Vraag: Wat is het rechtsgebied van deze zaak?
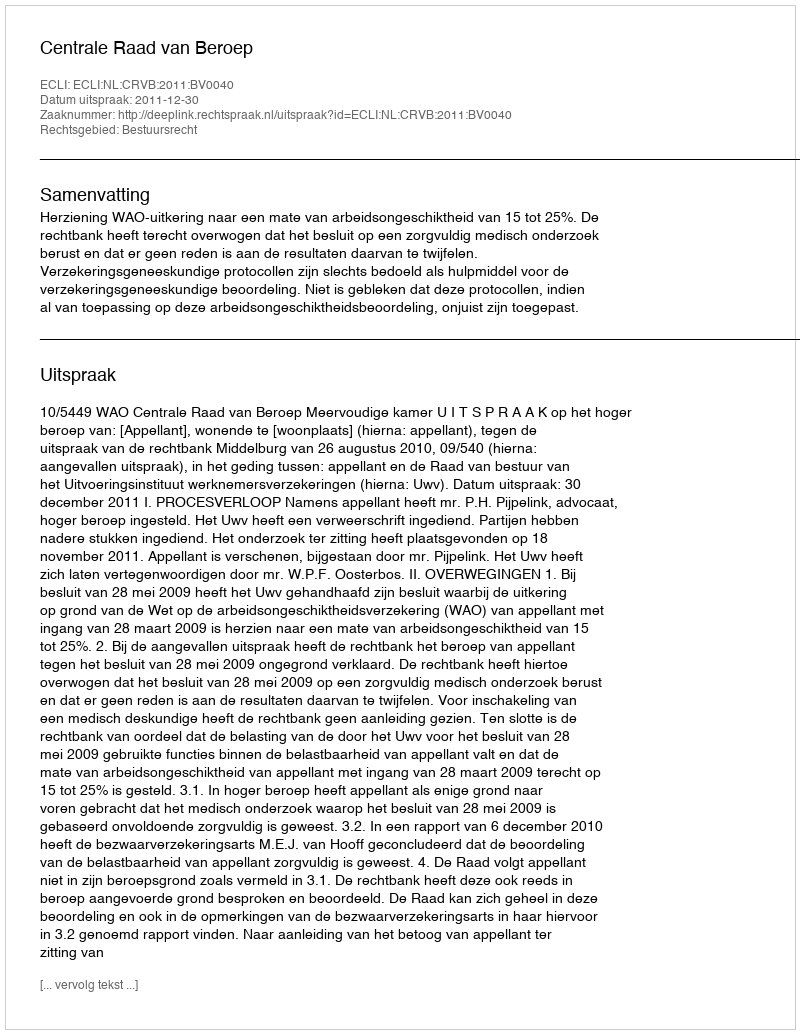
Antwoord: Bestuursrecht